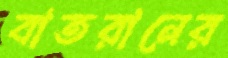
বাতরানের